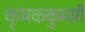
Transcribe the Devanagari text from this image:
कृषककुमारी